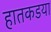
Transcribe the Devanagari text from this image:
हातकडया